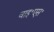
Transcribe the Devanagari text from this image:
वाइ॰एस॰